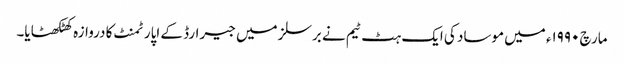
مارچ ۱۹۹۰ء میں موساد کی ایک ہٹ ٹیم نے برسلز میں جیرارڈ کے اپارٹمنٹ کا دروازہ کھٹکھٹایا۔